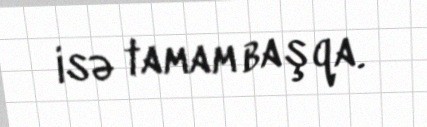
isə tamam başqa.